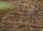
جيد